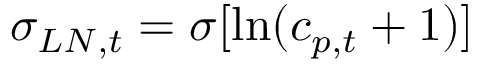
\sigma _ { L N , t } = \sigma [ \ln ( c _ { p , t } + 1 ) ]